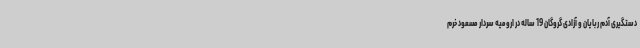
دستگیری آدم ربایان و آزادی گروگان 19 ساله در ارومیه سردار مسعود خرم